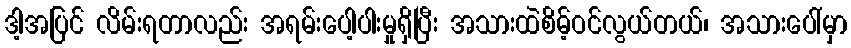
ဒါ့အပြင် လိမ်းရတာလည်း အရမ်းပေါ့ပါးမှုရှိပြီး အသားထဲစိမ့်ဝင်လွယ်တယ်၊ အသားပေါ်မှာ